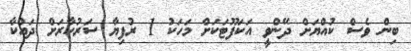
ބިން ވެސް ކުއްޔަށް ދޭންވީ އަކަފޫޓަކަށް މަހަކު 1 ރުފިޔާ ސަރުކާރަށް ދައްކާ